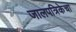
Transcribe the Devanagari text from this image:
जालपत्रिकेचा